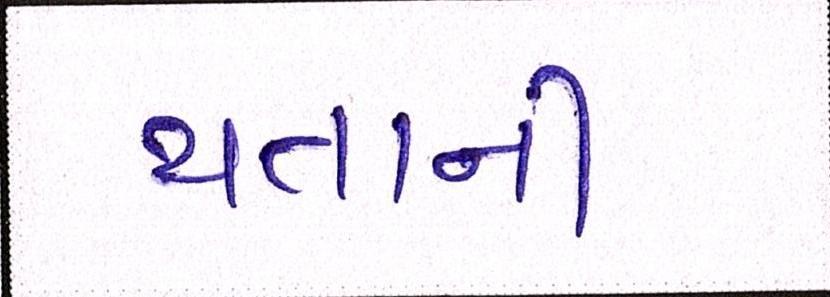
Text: થતાની